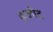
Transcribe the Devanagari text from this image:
कुळीद